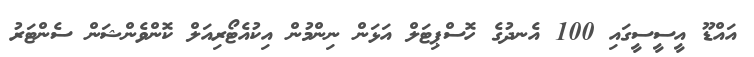
އައްޑޫ އީސީސީގައި 100 އެނދުގެ ހޮސްޕިޓަލް އަޅަން ނިންމުން އިކުއެޓޯރިއަލް ކޮންވެންޝަން ސެންޓަރު